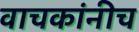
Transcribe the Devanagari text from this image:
वाचकांनीच